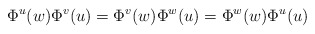
\begin{align*}\Phi^u(w)\Phi^v(u)=\Phi^v(w)\Phi^w(u)=\Phi^w(w)\Phi^u(u)\end{align*}